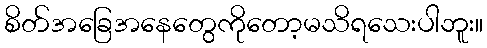
စိတ်အခြေအနေတွေကိုတော့မသိရသေးပါဘူး။